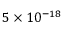
5 \times 1 0 ^ { - 1 8 }